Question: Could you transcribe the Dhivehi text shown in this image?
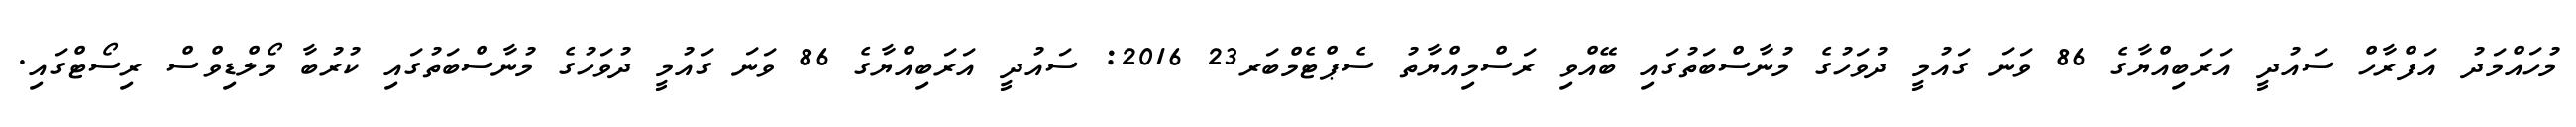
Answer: މުހައްމަދު އަފްރާހް ސައުދީ އަރަބިއްޔާގެ 86 ވަނަ ގައުމީ ދުވަހުގެ މުނާސްބަތުގައި ބޭއްވި ރަސްމިއްޔާތު ސެޕްޓެމްބަރ23 2016: ސައުދީ އަރަބިއްޔާގެ 86 ވަނަ ގައުމީ ދުވަހުގެ މުނާސްބަތުގައި ކުރުބާ މޯލްޑިވްސް ރިސޯޓްގައި.